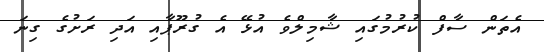
އެތަން ސާފް ކުރުމުގައި ޝާމިލްވެ އުޅޭ އެ ގުރޫޕާއި އަދި ރަށުގެ ގިނަ